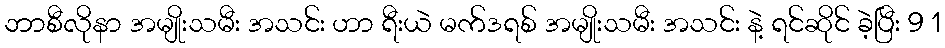
ဘာစီလိုနာ အမျိုးသမီး အသင်း ဟာ ရီးယဲ မက်ဒရစ် အမျိုးသမီး အသင်း နဲ့ ရင်ဆိုင် ခဲ့ပြီး 9 1